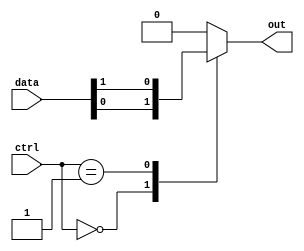
module mux512to1 (
    input [511:0] data,
    input [8:0] ctrl,
    output reg out
);

always @(*) begin
    case (ctrl)
        9'b000000000: out = data[0];
        9'b000000001: out = data[1];
        // Add more cases for all 512 inputs
        default: out = 0; // default output if control signals do not match any case
    endcase
end

endmodule